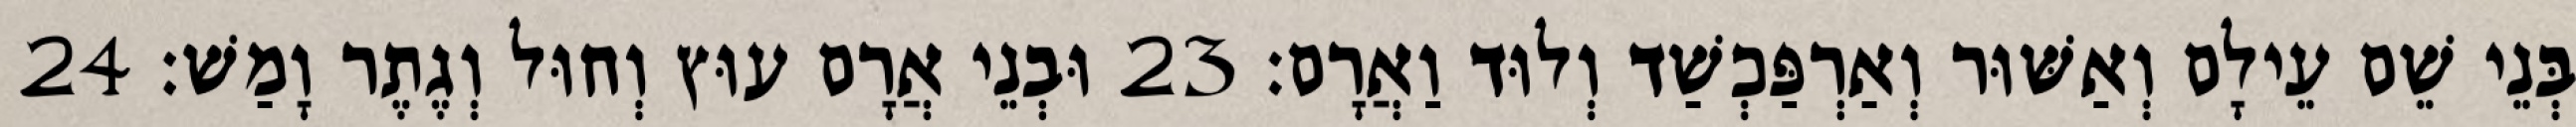
בְּנֵי שֵׁם עֵילָם וְאַשּׁוּר וְאַרְפַּכְשַׁד וְלוּד וַאֲרָם׃ 23 וּבְנֵי אֲרָם עוּץ וְחוּל וְגֶתֶר וָמַשׁ׃ 24